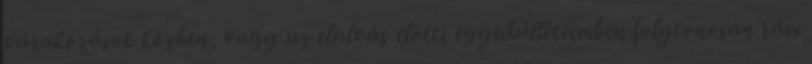
várakozások közben, vagy az elalvás elõtti egyedülléteimben folytonosan rám